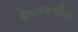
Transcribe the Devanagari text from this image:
सेवकवर्गाचा